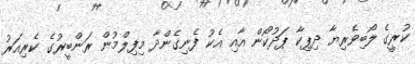
ކުރީގެ ލޯބިވެރިޔާ ދިޕިކާ ޕަދުކޯން އާއި އެކު ފެނިގެންދާ މިފިލްމުން ރަންބީރުގެ ކެރިއަރު